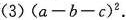
(3)$$(a-b-c)²$$.